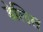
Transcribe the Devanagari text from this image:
डेलिस